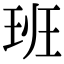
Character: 班